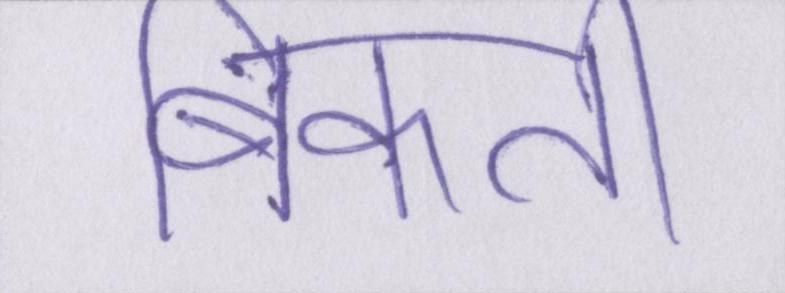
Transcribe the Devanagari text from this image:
बिकती